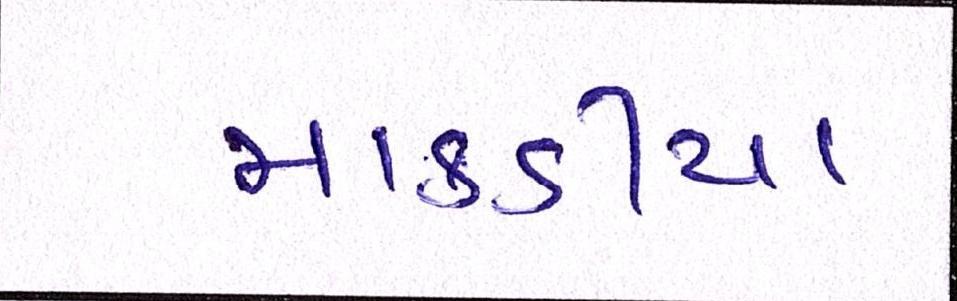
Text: માકડીયા